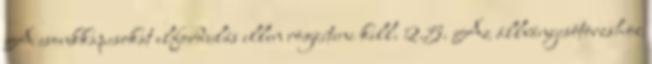
A csonkkapcsokat elfordulás ellen rögzíteni kell. 2.5. Az állványcsõtörzshöz